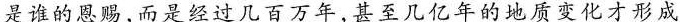
是谁的恩赐，而是经过几百万年，甚至几亿年的地质变化才形成